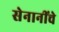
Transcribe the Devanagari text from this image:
सेनानींचे